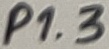
Text: P1.3